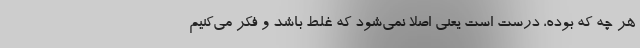
هر چه که بوده، درست است یعنی اصلا نمی‌شود که غلط باشد و فکر می‌کنیم